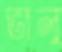
ভালু